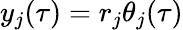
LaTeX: y_{j}(\tau)=r_{j}\theta_{j}(\tau)